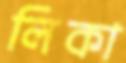
লিকা